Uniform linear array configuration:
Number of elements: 64
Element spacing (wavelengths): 0.5
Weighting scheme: hamming
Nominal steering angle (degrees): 45
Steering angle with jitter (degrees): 45.993
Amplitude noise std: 0.05
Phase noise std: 0.05

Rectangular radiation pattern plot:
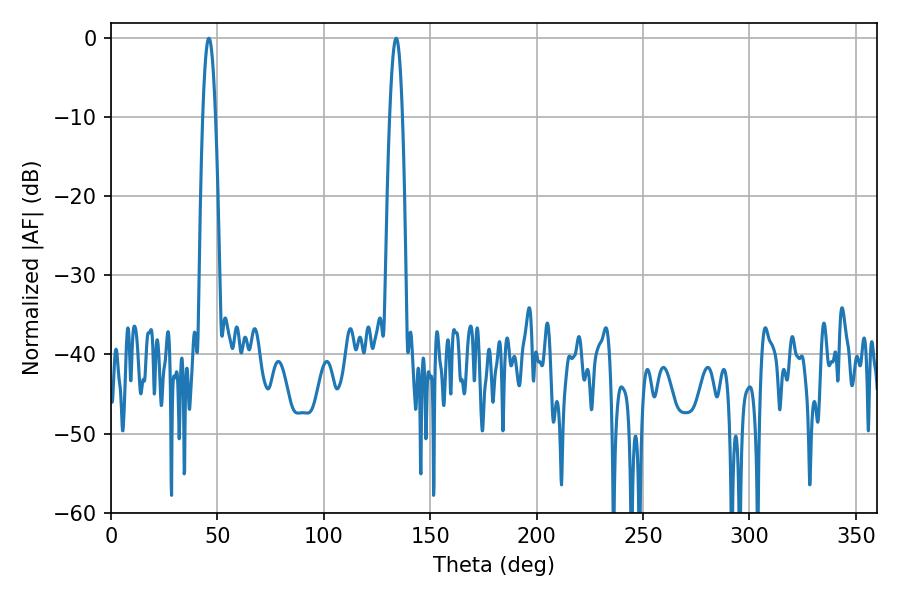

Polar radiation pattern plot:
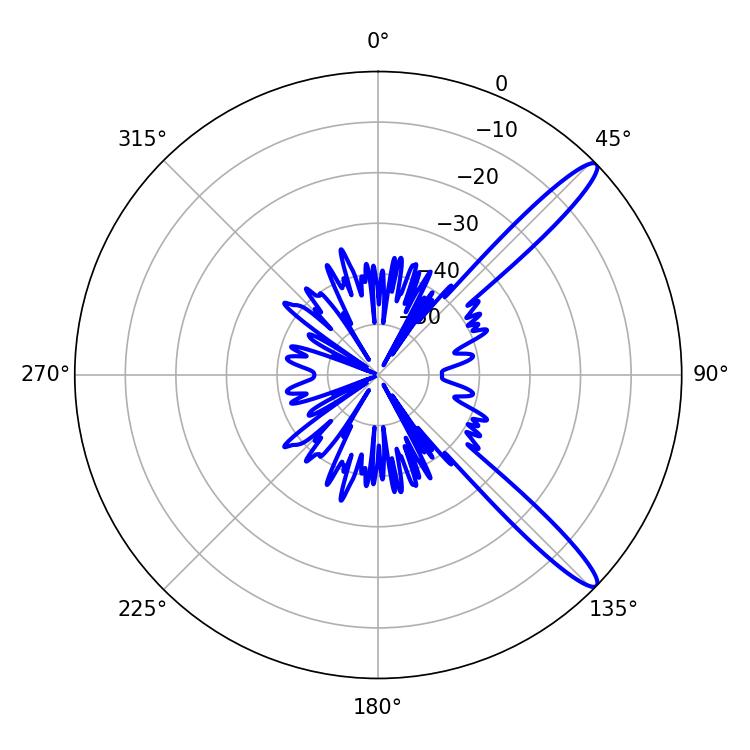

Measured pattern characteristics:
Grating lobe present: FALSE
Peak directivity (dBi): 13.449
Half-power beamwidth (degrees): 3.24
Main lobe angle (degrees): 133.92